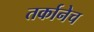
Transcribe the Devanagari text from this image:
तर्कानेच